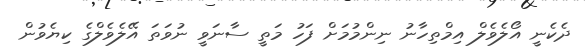
ދެކެނީ އޯލެވެލް އިމްތިހާނު ނިންމުމަށް ފަހު މަތީ ސާނަވީ ނުވަތަ އޭލެވެލްގެ ކިޔެވުން